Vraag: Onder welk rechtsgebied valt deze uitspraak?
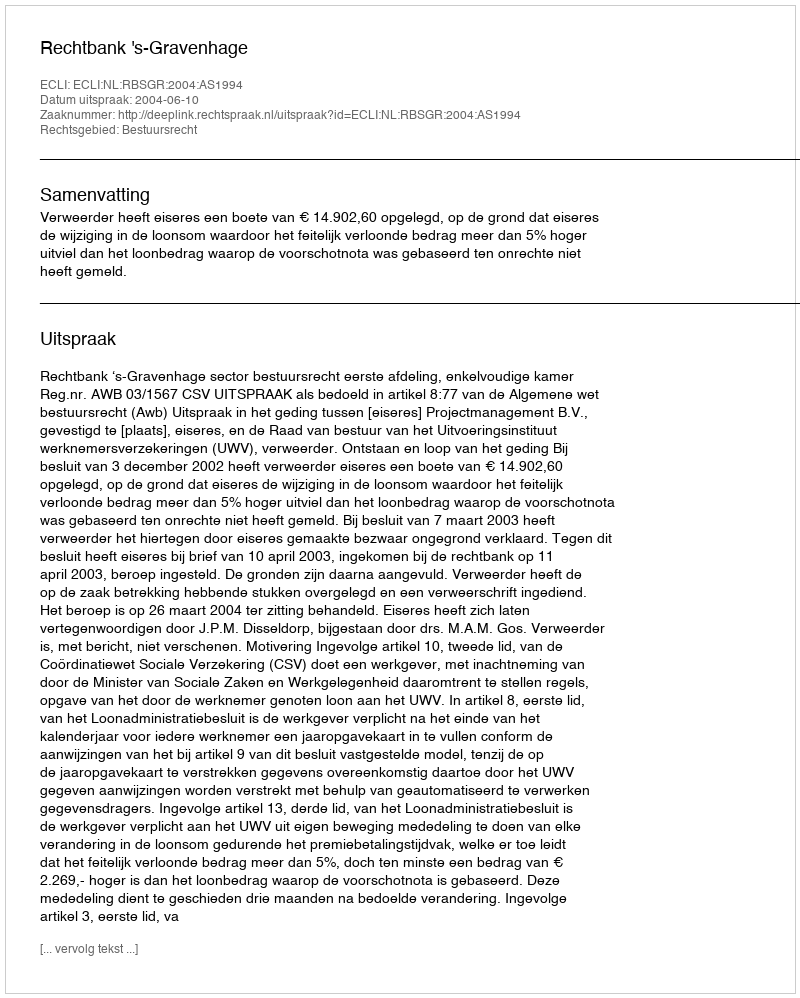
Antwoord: Bestuursrecht